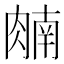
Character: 𬛈